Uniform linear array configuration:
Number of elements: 48
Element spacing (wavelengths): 1
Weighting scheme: kaiser
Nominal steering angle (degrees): -30
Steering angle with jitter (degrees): -28.967
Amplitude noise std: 0.05
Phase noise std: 0.05

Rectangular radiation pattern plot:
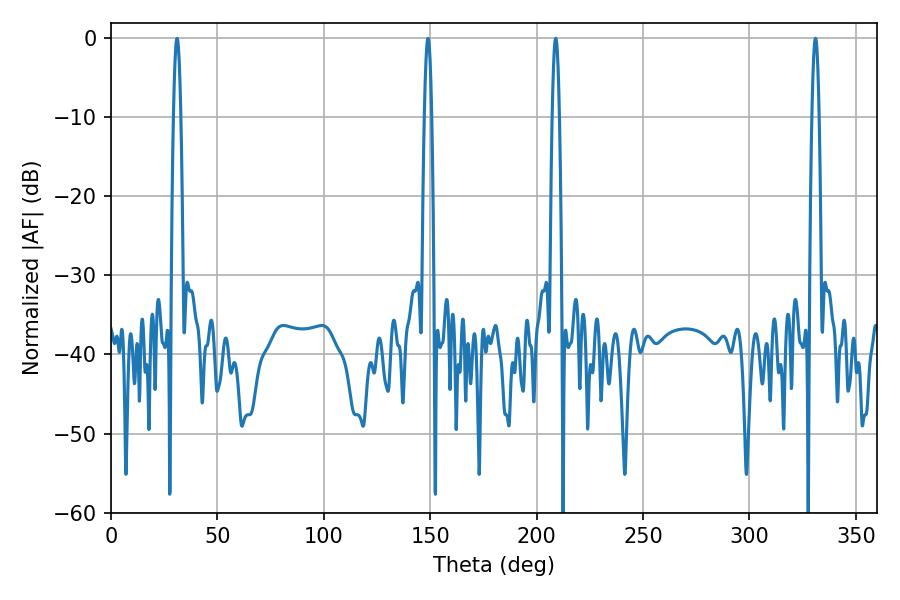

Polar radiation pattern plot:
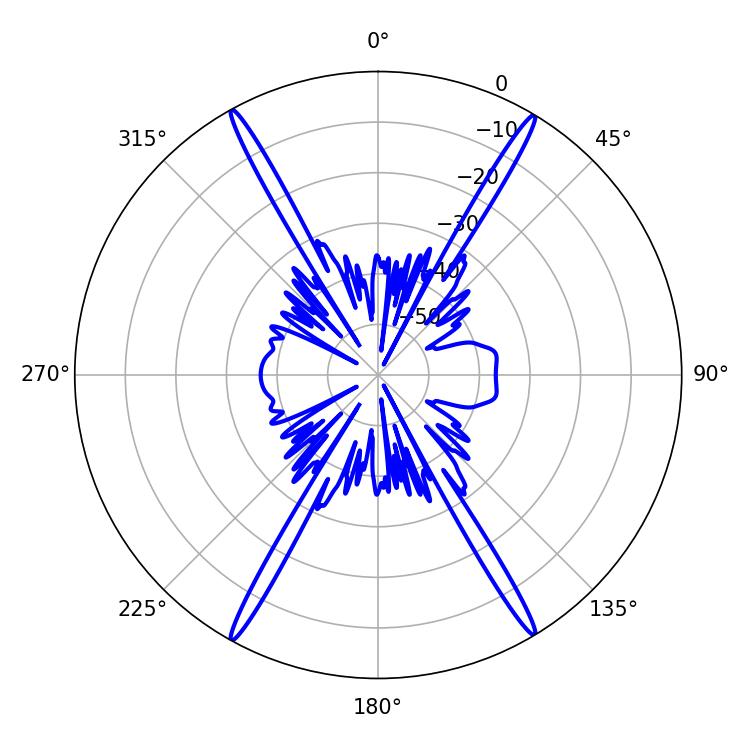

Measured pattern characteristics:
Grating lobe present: TRUE
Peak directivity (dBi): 28.214
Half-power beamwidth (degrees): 1.8
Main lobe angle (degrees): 208.98